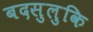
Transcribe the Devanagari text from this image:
बदसुलुकि